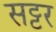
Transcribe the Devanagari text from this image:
सट्टर